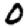
Digit: 0